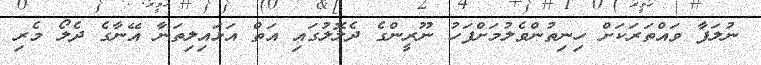
ނުލަފާ ވައްތަރަކަށް ހިނިތުންވެލުމަށްފަހު ނޫރީންގެ ދެލޮލުގައި އަތް އަޅައިލިތަނާ އޭނާގެ ދެލޯ މެރި